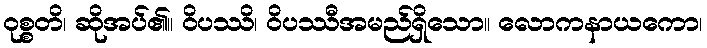
ဝုစ္စတိ၊ ဆိုအပ်၏။ ဝိပဿိ၊ ဝိပဿီအမည်ရှိသော။ လောကနာယကော၊